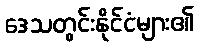
ဒေသတွင်းနိုင်ငံများ၏